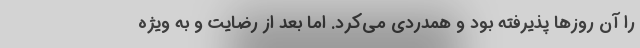
را آن روز‌ها پذیرفته بود و همدردی می‌کرد. اما بعد از رضایت و به ویژه